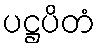
ပဋ္ဌပိတံ